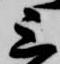
上